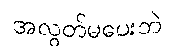
အလွတ်မပေးဘဲ